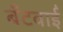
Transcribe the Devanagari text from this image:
बँटवाईं